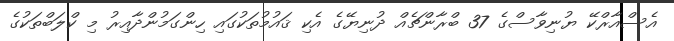
އެސްއާރްކޭ ޔުނިވާސްގެ 37 ބްރާންޗެއް ދުނިޔޭގެ އެކި ޤައުމުތަކުގައި ހިންގަމުންދާއިރު މި ކްލަބްތަކުގެ